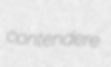
contendere